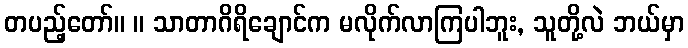
တပည့်တော်။ ။ သာတာဂိရိချောင်က မလိုက်လာကြပါဘူး, သူတို့လဲ ဘယ်မှာ